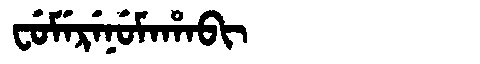
Manchu: ᠸᡠᠮᡝᡵᡝᠨᡠᠮᠠᡥᠠᠪᡳ
Romanization: FUMERENUMAHABI